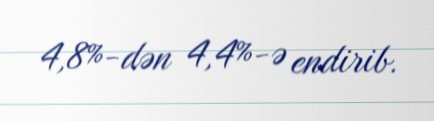
4,8%-dən 4,4%-ə endirib.